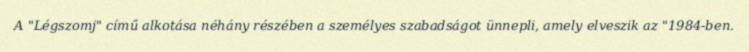
A "Légszomj" című alkotása néhány részében a személyes szabadságot ünnepli, amely elveszik az "1984-ben.